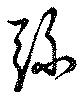
弥